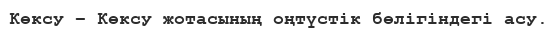
Көксу – Көксу жотасының оңтүстік бөлігіндегі асу.